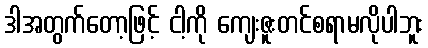
ဒါအတွက်တော့ဖြင့် ငါ့ကို ကျေးဇူးတင်စရာမလိုပါဘူး